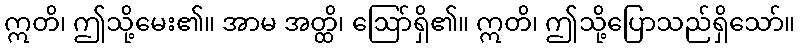
ဣတိ၊ ဤသို့မေး၏။ အာမ အတ္ထိ၊ ဩော်ရှိ၏။ ဣတိ၊ ဤသို့ပြောသည်ရှိသော်။